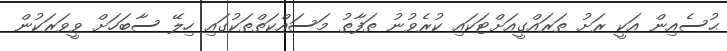
ޙުސެއިން އަކީ ރަށު ތަރައްގީއަށްޓަކައި ކުރެވުނު ތަފާތު މަސައްކަތްތަކުގައި ހިލޭ ސާބަހަށް ވީވަރަކުން